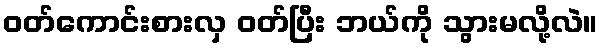
ဝတ်ကောင်းစားလှ ဝတ်ပြီး ဘယ်ကို သွားမလို့လဲ။